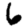
Digit: 6